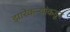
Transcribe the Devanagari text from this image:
झारेकऱ्यांकडून